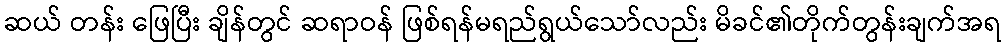
ဆယ် တန်း ဖြေပြီး ချိန်တွင် ဆရာဝန် ဖြစ်ရန်မရည်ရွယ်သော်လည်း မိခင်၏တိုက်တွန်းချက်အရ